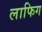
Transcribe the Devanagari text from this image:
लाफिग